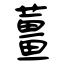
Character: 薑